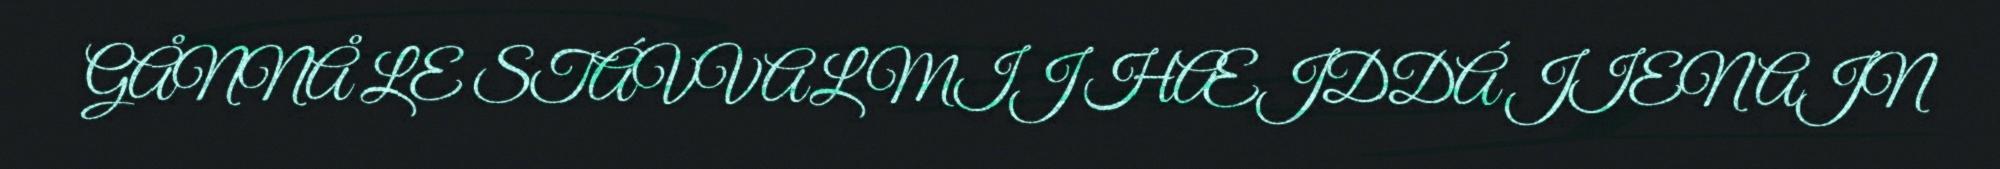
GÅNNÅ LE STÁVVAL MIJ HÆJDDÁ JIENAJN